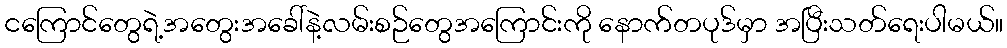
ငကြောင်တွေရဲ့အတွေးအခေါ်နဲ့လမ်းစဉ်တွေအကြောင်းကို နောက်တပုဒ်မှာ အပြီးသတ်ရေးပါမယ်။